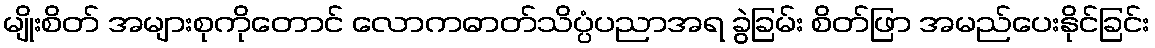
မျိုးစိတ် အများစုကိုတောင် လောကဓာတ်သိပ္ပံပညာအရ ခွဲခြမ်း စိတ်ဖြာ အမည်ပေးနိုင်ခြင်း